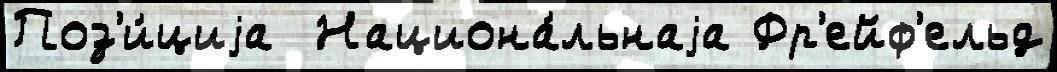
Поз'и́циjа  Национа́льнаjа Фр'ейф'ельд